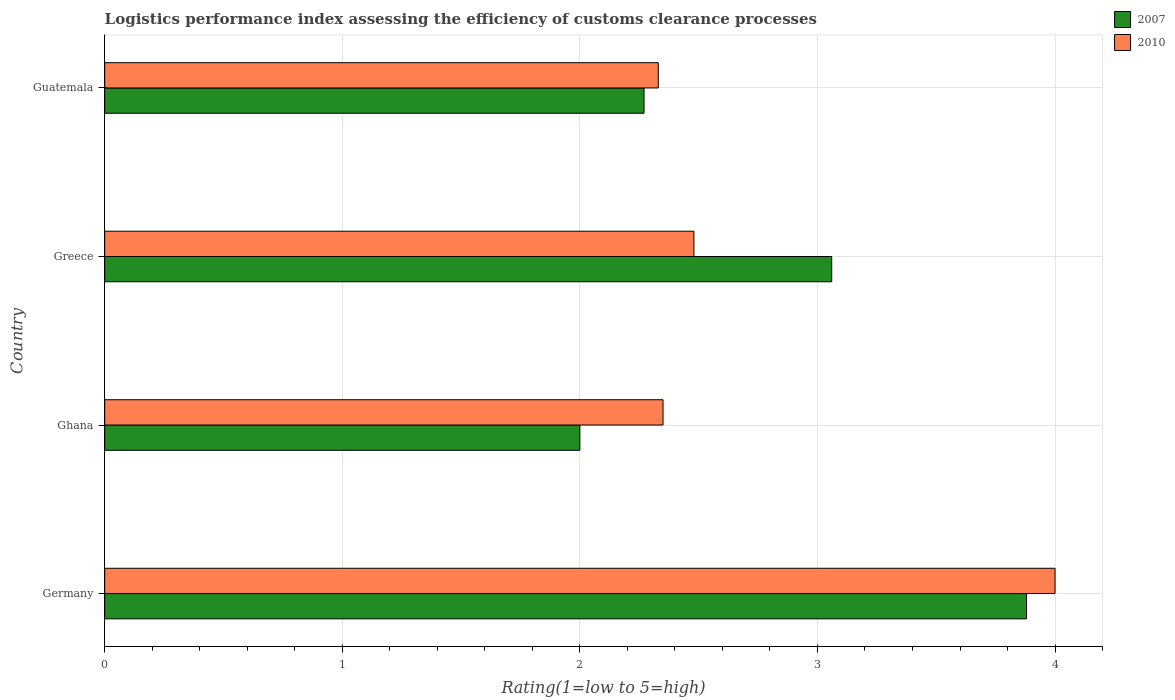
| Country | 2007 | 2010 |
 | --- | --- | --- |
 | Germany | 3.88 | 4 |
 | Ghana | 2 | 2.35 |
 | Greece | 3.06 | 2.48 |
 | Guatemala | 2.27 | 2.33 |